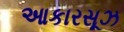
આકારસૂઝ